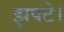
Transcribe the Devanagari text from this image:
झपटे।